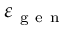
\varepsilon _ { \mathrm { ~ g ~ e ~ n ~ } }